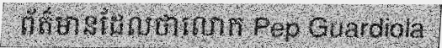
ព័ត៌មានដែលថាលោក Pep Guardiola